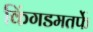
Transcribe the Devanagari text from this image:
किंगडमतर्फे